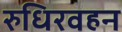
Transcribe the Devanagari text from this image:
रुधिरवहन